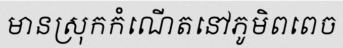
មានស្រុកកំណើតនៅភូមិពពេច